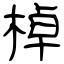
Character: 棹